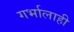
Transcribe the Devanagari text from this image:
गर्भालाही